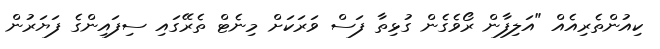
ކިއުންތެރިއެއް "އަލިފާން ރޯވެގެން ގުޅިތާ ފަސް ވަރަކަށް މިނެޓް ތެރޭގައި ސިފައިންގެ ފަޔަރުން